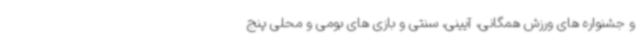
و جشنواره های ورزش همگانی، آیینی، سنتی و بازی های بومی و محلی پنج